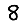
Digit: 8